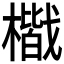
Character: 𭬐